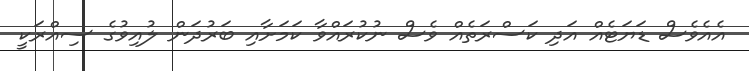
އެއެވެސް ޑަޔަޓެއް އަދި ކަސްރަތެއް ވެސް ނުކުރައްވާ ކަމަށާއި ބަރުދަން ލުއިވުގެ ސިއްރަކީ